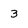
Character: 3